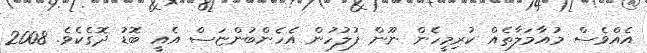
އެއްވެސް މުއާމަލާތެއް ކުރިމީހެން ނޫން ފުލުހުން އެހެންބުންޏަސް އެއީ ބޮޑު ދޮގެކެވެ. 2008